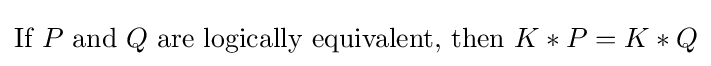
{\text{If }}P{\text{ and }}Q{\text{ are logically equivalent, then }}K*P=K*Q